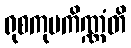
ရုစကုပကိဏ္ဏံတိ